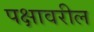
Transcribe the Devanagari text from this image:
पक्षावरील